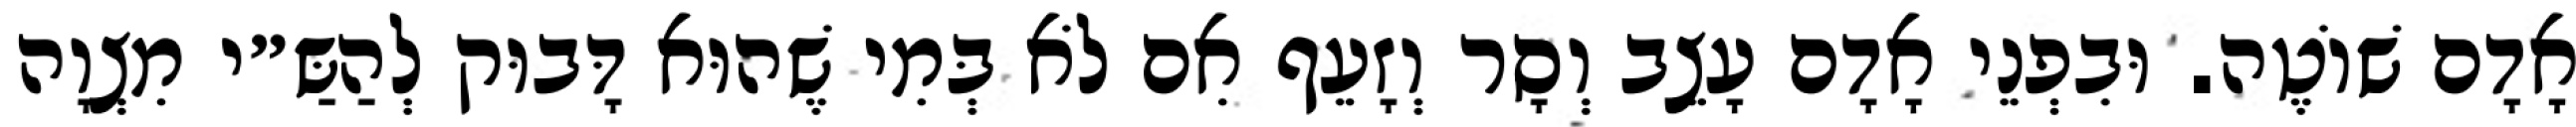
אָדָם שׁוֹטֶה. וּבִפְנֵי אָדָם עָצֵב וְסָר וְזָעֵף אִם לֹא בְּמִי שֶׁהוּא דָּבוּק לְהַשַּ״י מִצְוָה